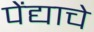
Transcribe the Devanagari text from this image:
पेंद्याचे